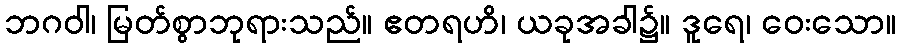
ဘဂဝါ၊ မြတ်စွာဘုရားသည်။ ဧတရဟိ၊ ယခုအခါ၌။ ဒူရေ၊ ဝေးသော။